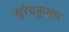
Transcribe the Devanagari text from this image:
सुरेंद्रकुमार